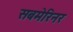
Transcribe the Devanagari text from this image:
सबमेरिनर